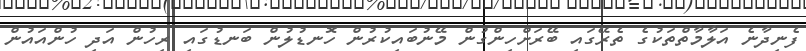
ފެނިދާނެ އަލާމާތްތަކުގެ ތެރޭގައި ބޭރަށްހިންގުން މޭނުބައިކުރުން ހޮނޑުލުން ބަނޑުގައި ރިހުން އަދި ހުންއައުން